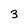
Character: 3